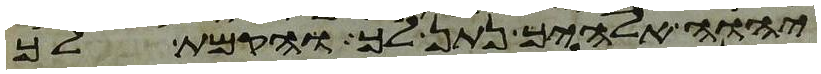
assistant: יהוה אלהיך נתן לך והקמת לך